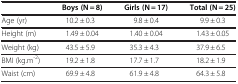
|  | Boys (N = 8) | Girls (N = 17) | Total (N = 25) |
 | --- | --- | --- | --- |
 | Age (yr) | 10.2 ± 0.3 | 9.8 ± 0.4 | 9.9 ± 0.3 |
 | Height (m) | 1.49 ± 0.04 | 1.40 ± 0.04 | 1.43 ± 0.05 |
 | Weight (kg) | 43.5 ± 5.9 | 35.3 ± 4.3 | 37.9 ± 6.5 |
 | BMI (kg.m-2) | 19.2 ± 1.8 | 17.7 ± 1.7 | 18.2 ± 1.9 |
 | Waist (cm) | 69.9 ± 4.8 | 61.9 ± 4.8 | 64.3 ± 5.8 |